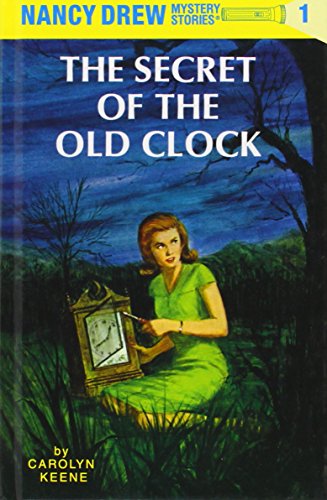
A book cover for The Secret of the Old Clock (Nancy Drew, Book 1); Carolyn Keene; Children's Books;